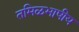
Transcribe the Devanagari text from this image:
तमिळभाषीय